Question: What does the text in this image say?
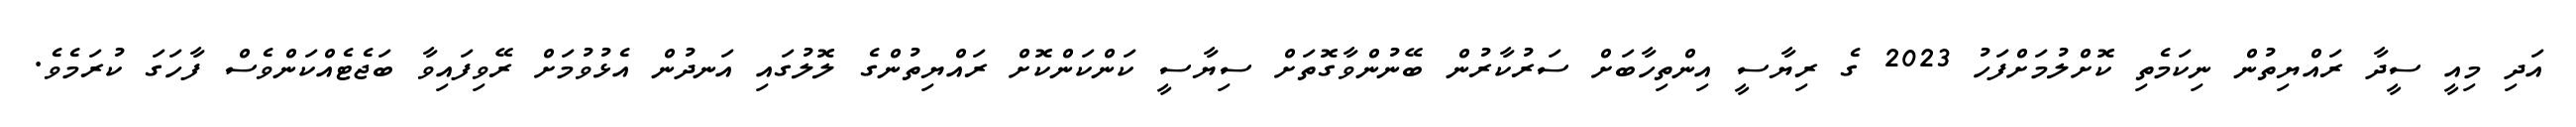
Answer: އަދި މިއީ ސީދާ ރައްޔިތުން ނިކަމެތި ކޮށްލުމަށްފަހު 2023 ގެ ރިޔާސީ އިންތިހާބަށް ސަރުކާރުން ބޭނުންވާގޮތަށް ސިޔާސީ ކަންކަންކޮށް ރައްޔިތުންގެ ލޮލުގައި އަނދުން އެޅުވުމަށް ރޭވިފައިވާ ބަޖެޓެއްކަންވެސް ފާހަގަ ކުރަމެވެ.